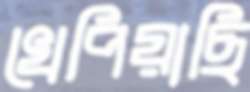
খেপিয়াছি